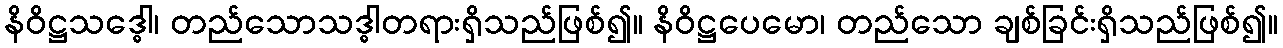
နိဝိဋ္ဌသဒ္ဓေါ၊ တည်သောသဒ္ဓါတရားရှိသည်ဖြစ်၍။ နိဝိဋ္ဌပေမော၊ တည်သော ချစ်ခြင်းရှိသည်ဖြစ်၍။